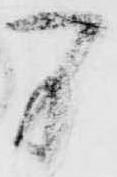
間